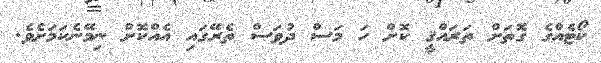
ކޯޓެއްގެ ގޮތަށް ތަރައްޤީ ކޮށް ހަ މަސް ދުވަސް ތެރޭގައި އެއްކޮށް ނިމޭނެކަމަށެވެ.